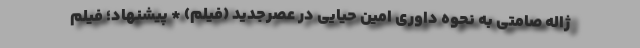
ژاله صامتی به نحوه داوری امین حیایی در عصرجدید (فیلم) * پیشنهاد؛ فیلم‌